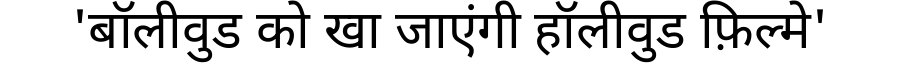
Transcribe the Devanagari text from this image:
'बॉलीवुड को खा जाएंगी हॉलीवुड फ़िल्मे'